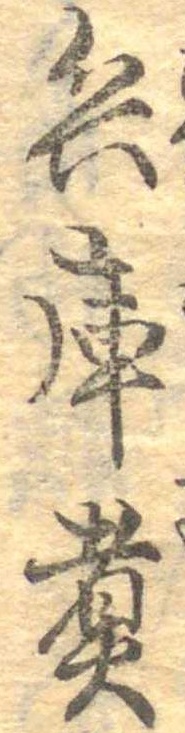
兵庫煮